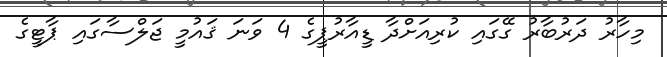
މިހާރު ދަރުބާރު ގޭގައި ކުރިއަށްދާ ޑީއާރުޕީގެ 4 ވަނަ ޤައުމީ ޖަލްސާގައި ޕާޓީގެ